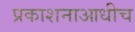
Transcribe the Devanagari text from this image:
प्रकाशनाआधीच